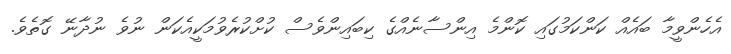
އެހެންވީމާ ބައެއް ކަންކަމުގައި ކޮންމެ އިންސާނެއްގެ ކިބައިންވެސް ކުށްކުރެވުމަކީއެކަން ނުވެ ނުދާނޭ ގޮތެވެ.